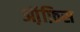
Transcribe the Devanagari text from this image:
ऑ़फ़िस